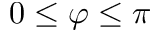
0 \le \varphi \le \pi